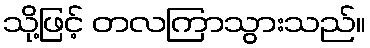
သို့ဖြင့် တလကြာသွားသည်။